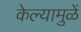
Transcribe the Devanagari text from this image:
केल्यामुळें